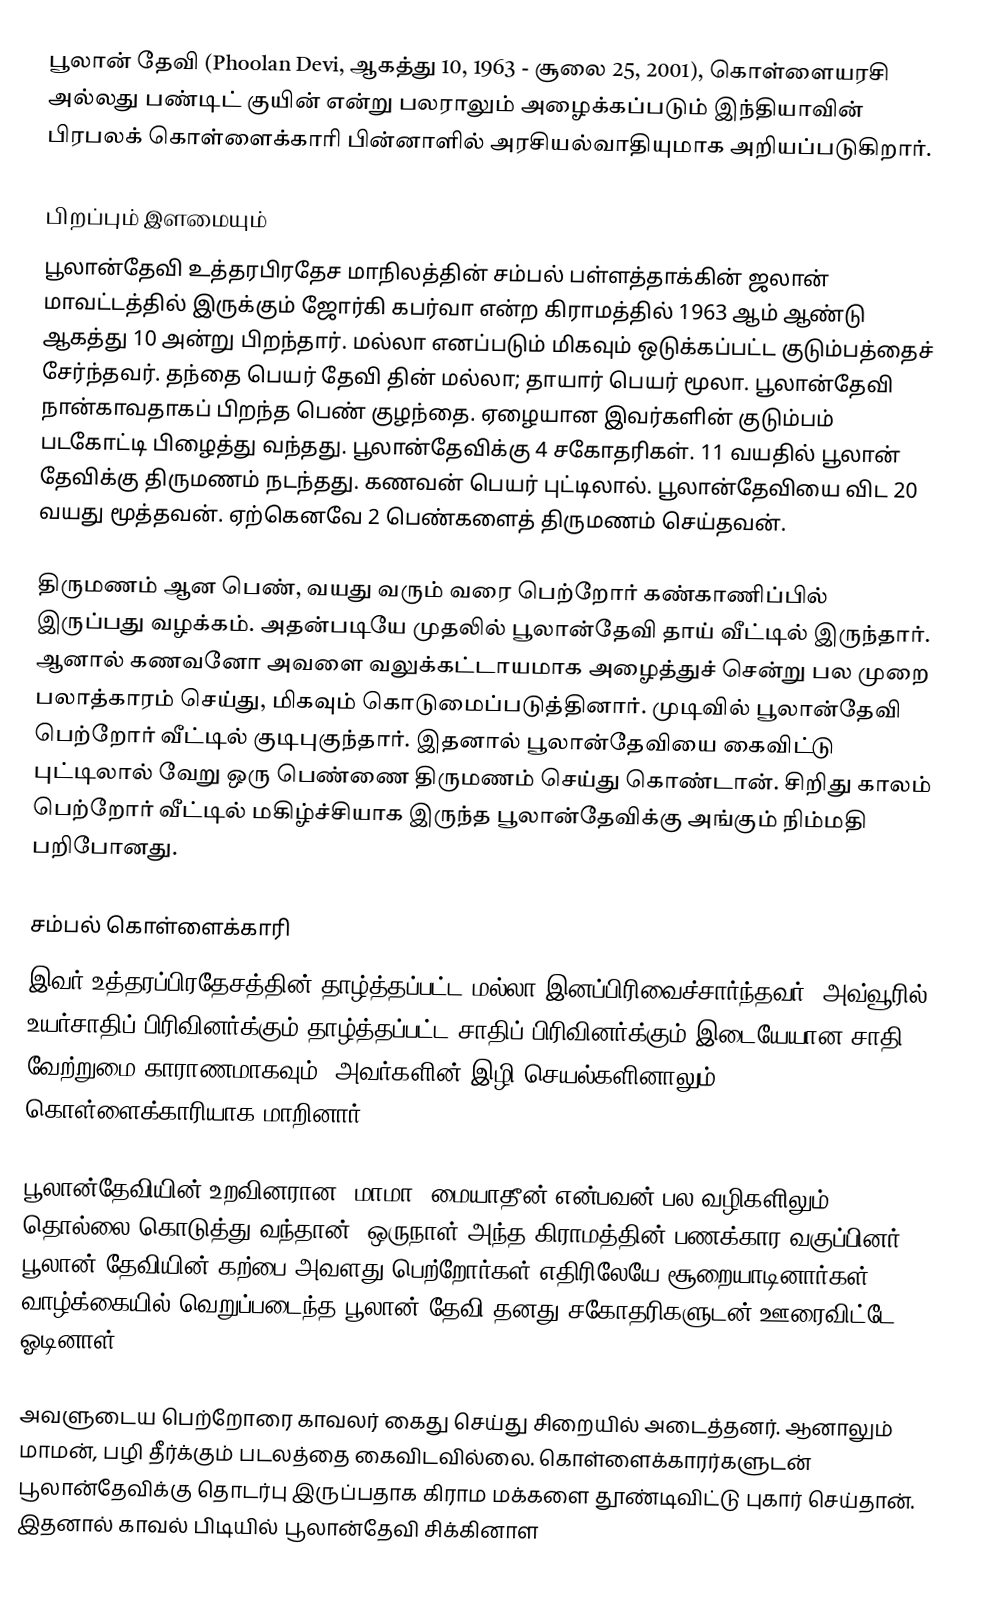
பூலான் தேவி (Phoolan Devi, ஆகத்து 10, 1963 - சூலை 25, 2001), கொள்ளையரசி அல்லது பண்டிட் குயின்  என்று பலராலும் அழைக்கப்படும் இந்தியாவின் பிரபலக் கொள்ளைக்காரி பின்னாளில் அரசியல்வாதியுமாக அறியப்படுகிறார்.

பிறப்பும் இளமையும்
பூலான்தேவி உத்தரபிரதேச மாநிலத்தின் சம்பல் பள்ளத்தாக்கின் ஜலான் மாவட்டத்தில் இருக்கும் ஜோர்கி கபர்வா என்ற கிராமத்தில் 1963 ஆம் ஆண்டு ஆகத்து 10 அன்று பிறந்தார். மல்லா எனப்படும் மிகவும் ஒடுக்கப்பட்ட குடும்பத்தைச் சேர்ந்தவர். தந்தை பெயர் தேவி தின் மல்லா; தாயார் பெயர் மூலா. பூலான்தேவி நான்காவதாகப் பிறந்த பெண் குழந்தை. ஏழையான இவர்களின் குடும்பம் படகோட்டி பிழைத்து வந்தது. பூலான்தேவிக்கு 4 சகோதரிகள். 11 வயதில் பூலான் தேவிக்கு திருமணம் நடந்தது. கணவன் பெயர் புட்டிலால். பூலான்தேவியை விட 20 வயது மூத்தவன். ஏற்கெனவே 2 பெண்களைத் திருமணம் செய்தவன்.

திருமணம் ஆன பெண், வயது வரும் வரை பெற்றோர் கண்காணிப்பில் இருப்பது வழக்கம். அதன்படியே முதலில் பூலான்தேவி தாய் வீட்டில் இருந்தார். ஆனால் கணவனோ அவளை வலுக்கட்டாயமாக அழைத்துச் சென்று பல முறை பலாத்காரம் செய்து, மிகவும் கொடுமைப்படுத்தினார். முடிவில் பூலான்தேவி பெற்றோர் வீட்டில் குடிபுகுந்தார். இதனால் பூலான்தேவியை கைவிட்டு புட்டிலால் வேறு ஒரு பெண்ணை திருமணம் செய்து கொண்டான். சிறிது காலம் பெற்றோர் வீட்டில் மகிழ்ச்சியாக இருந்த பூலான்தேவிக்கு அங்கும் நிம்மதி பறிபோனது.

சம்பல் கொள்ளைக்காரி
இவர் உத்தரப்பிரதேசத்தின் தாழ்த்தப்பட்ட  மல்லா இனப்பிரிவைச்சார்ந்தவர். அவ்வூரில் உயர்சாதிப் பிரிவினர்க்கும் தாழ்த்தப்பட்ட சாதிப் பிரிவினர்க்கும் இடையேயான சாதி வேற்றுமை காராணமாகவும், அவர்களின் இழி செயல்களினாலும் கொள்ளைக்காரியாக மாறினார்.

பூலான்தேவியின் உறவினரான (மாமா) மையாதீன் என்பவன் பல வழிகளிலும் தொல்லை கொடுத்து வந்தான். ஒருநாள் அந்த கிராமத்தின் பணக்கார வகுப்பினர் பூலான் தேவியின் கற்பை அவளது பெற்றோர்கள் எதிரிலேயே சூறையாடினார்கள். வாழ்க்கையில் வெறுப்படைந்த பூலான் தேவி தனது சகோதரிகளுடன் ஊரைவிட்டே ஓடினாள்.

அவளுடைய பெற்றோரை காவலர் கைது செய்து சிறையில் அடைத்தனர். ஆனாலும் மாமன், பழி தீர்க்கும் படலத்தை கைவிடவில்லை. கொள்ளைக்காரர்களுடன் பூலான்தேவிக்கு தொடர்பு இருப்பதாக கிராம மக்களை தூண்டிவிட்டு புகார் செய்தான். இதனால் காவல் பிடியில் பூலான்தேவி சிக்கினாள